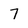
Character: 7